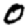
Digit: 0